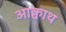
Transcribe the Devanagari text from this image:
आक्वाथ